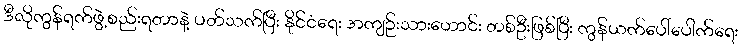
ဒီလိုကွန်ရက်ဖွဲ့စည်းရတာနဲ့ ပတ်သက်ပြီး နိုင်ငံရေး အကျဉ်းသားဟောင်း တစ်ဦးဖြစ်ပြီး ကွန်ယက်ပေါ်ပေါက်ရေး